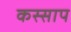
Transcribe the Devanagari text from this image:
कस्साप